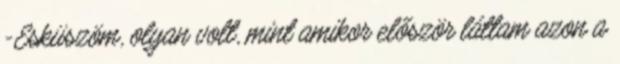
-Esküszöm, olyan volt, mint amikor először láttam azon a